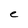
Character: e